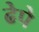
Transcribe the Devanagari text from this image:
ढेपे